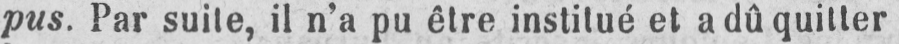
pus. Par suite, il n’a pu être institué et a dû quitter